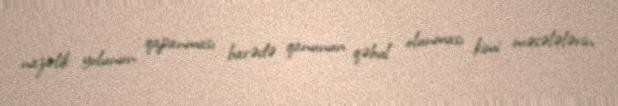
nazirlik yolunun qapanması barədə qanunun qəbul olunması kimi məsələlərin